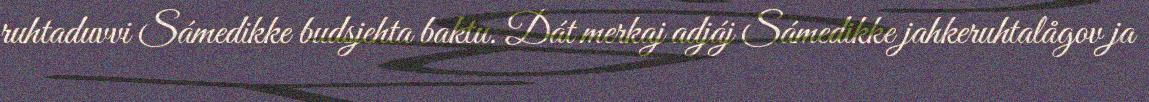
ruhtaduvvi Sámedikke budsjehta baktu. Dát merkaj adjáj Sámedikke jahkeruhtalågov ja